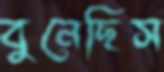
বুনেছিস